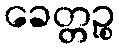
ခေတ္တဉ္စ